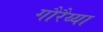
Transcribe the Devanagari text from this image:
गौरैय्या